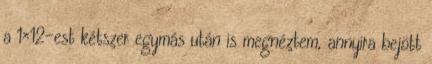
a 1×12-est kétszer egymás után is megnéztem, annyira bejött